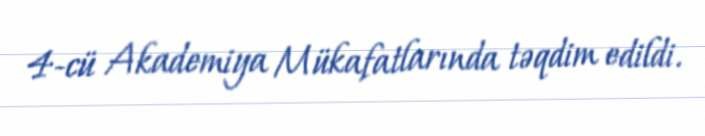
4-cü Akademiya Mükafatlarında təqdim edildi.